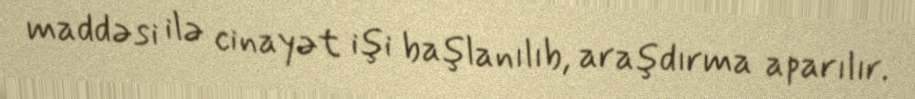
maddəsi ilə cinayət işi başlanılıb, araşdırma aparılır.